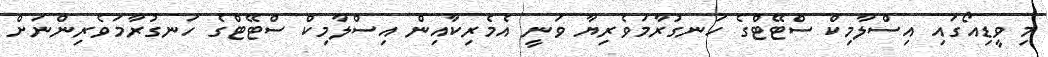
މި ވީޑިއޯގައި އިސްލާމިކް ސްޓޭޓްގެ ހަނގުރާމަވެރިޔާ ވަނީ އެމެރިކާއިން އިސްލާމިކް ސްޓޭޓްގެ ހަނގުރާމަވެރިންނަށް